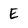
Character: E